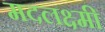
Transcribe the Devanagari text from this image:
मदलक्ष्मी